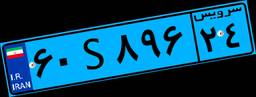
۷۹S۰۵۸۹۱